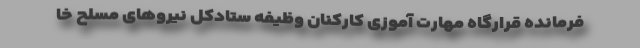
فرمانده قرارگاه مهارت آموزی کارکنان وظیفه ستادکل نیرو‌های مسلح خا